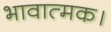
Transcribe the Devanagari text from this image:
भावात्मक।